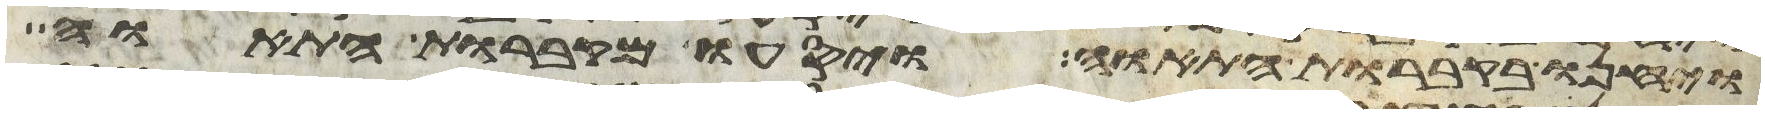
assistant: ויחנו בקברות התאוה ויסעו מקברות התאוה